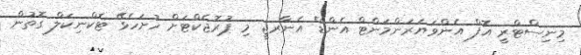
މިނިސްޓްރީ އޮފް އެންވަޔަރަންމަންޓް އެންޑް އެނާރޖީ މި ޕުރޮޖެކްޓަށް ހުށަހެޅޭ ޓެކްނިކަލް ގޮތުން